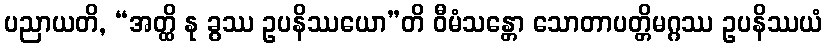
ပညာယတိ, “အတ္ထိ နု ခွဿ ဥပနိဿယော”တိ ဝီမံသန္တော သောတာပတ္တိမဂ္ဂဿ ဥပနိဿယံ